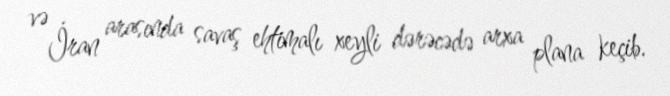
və İran arasında savaş ehtimalı xeyli dərəcədə arxa plana keçib.